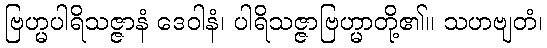
ဗြဟ္မပါရိသဇ္ဇာနံ ဒေဝါနံ၊ ပါရိသဇ္ဇာဗြဟ္မာတို့၏။ သဟဗျတံ၊